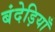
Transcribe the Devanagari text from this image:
बंदेड़ियाँ